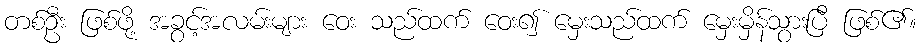
တစ်ဦး ဖြစ်ဖို့ အခွင့်အလမ်းများ ဝေး သည်ထက် ဝေး၍ မှေးသည်ထက် မှေးမှိန်သွားပြီ ဖြစ်၏။